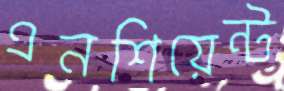
এনশিয়েন্ট